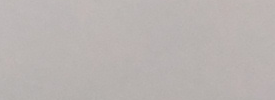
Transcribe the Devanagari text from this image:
१७